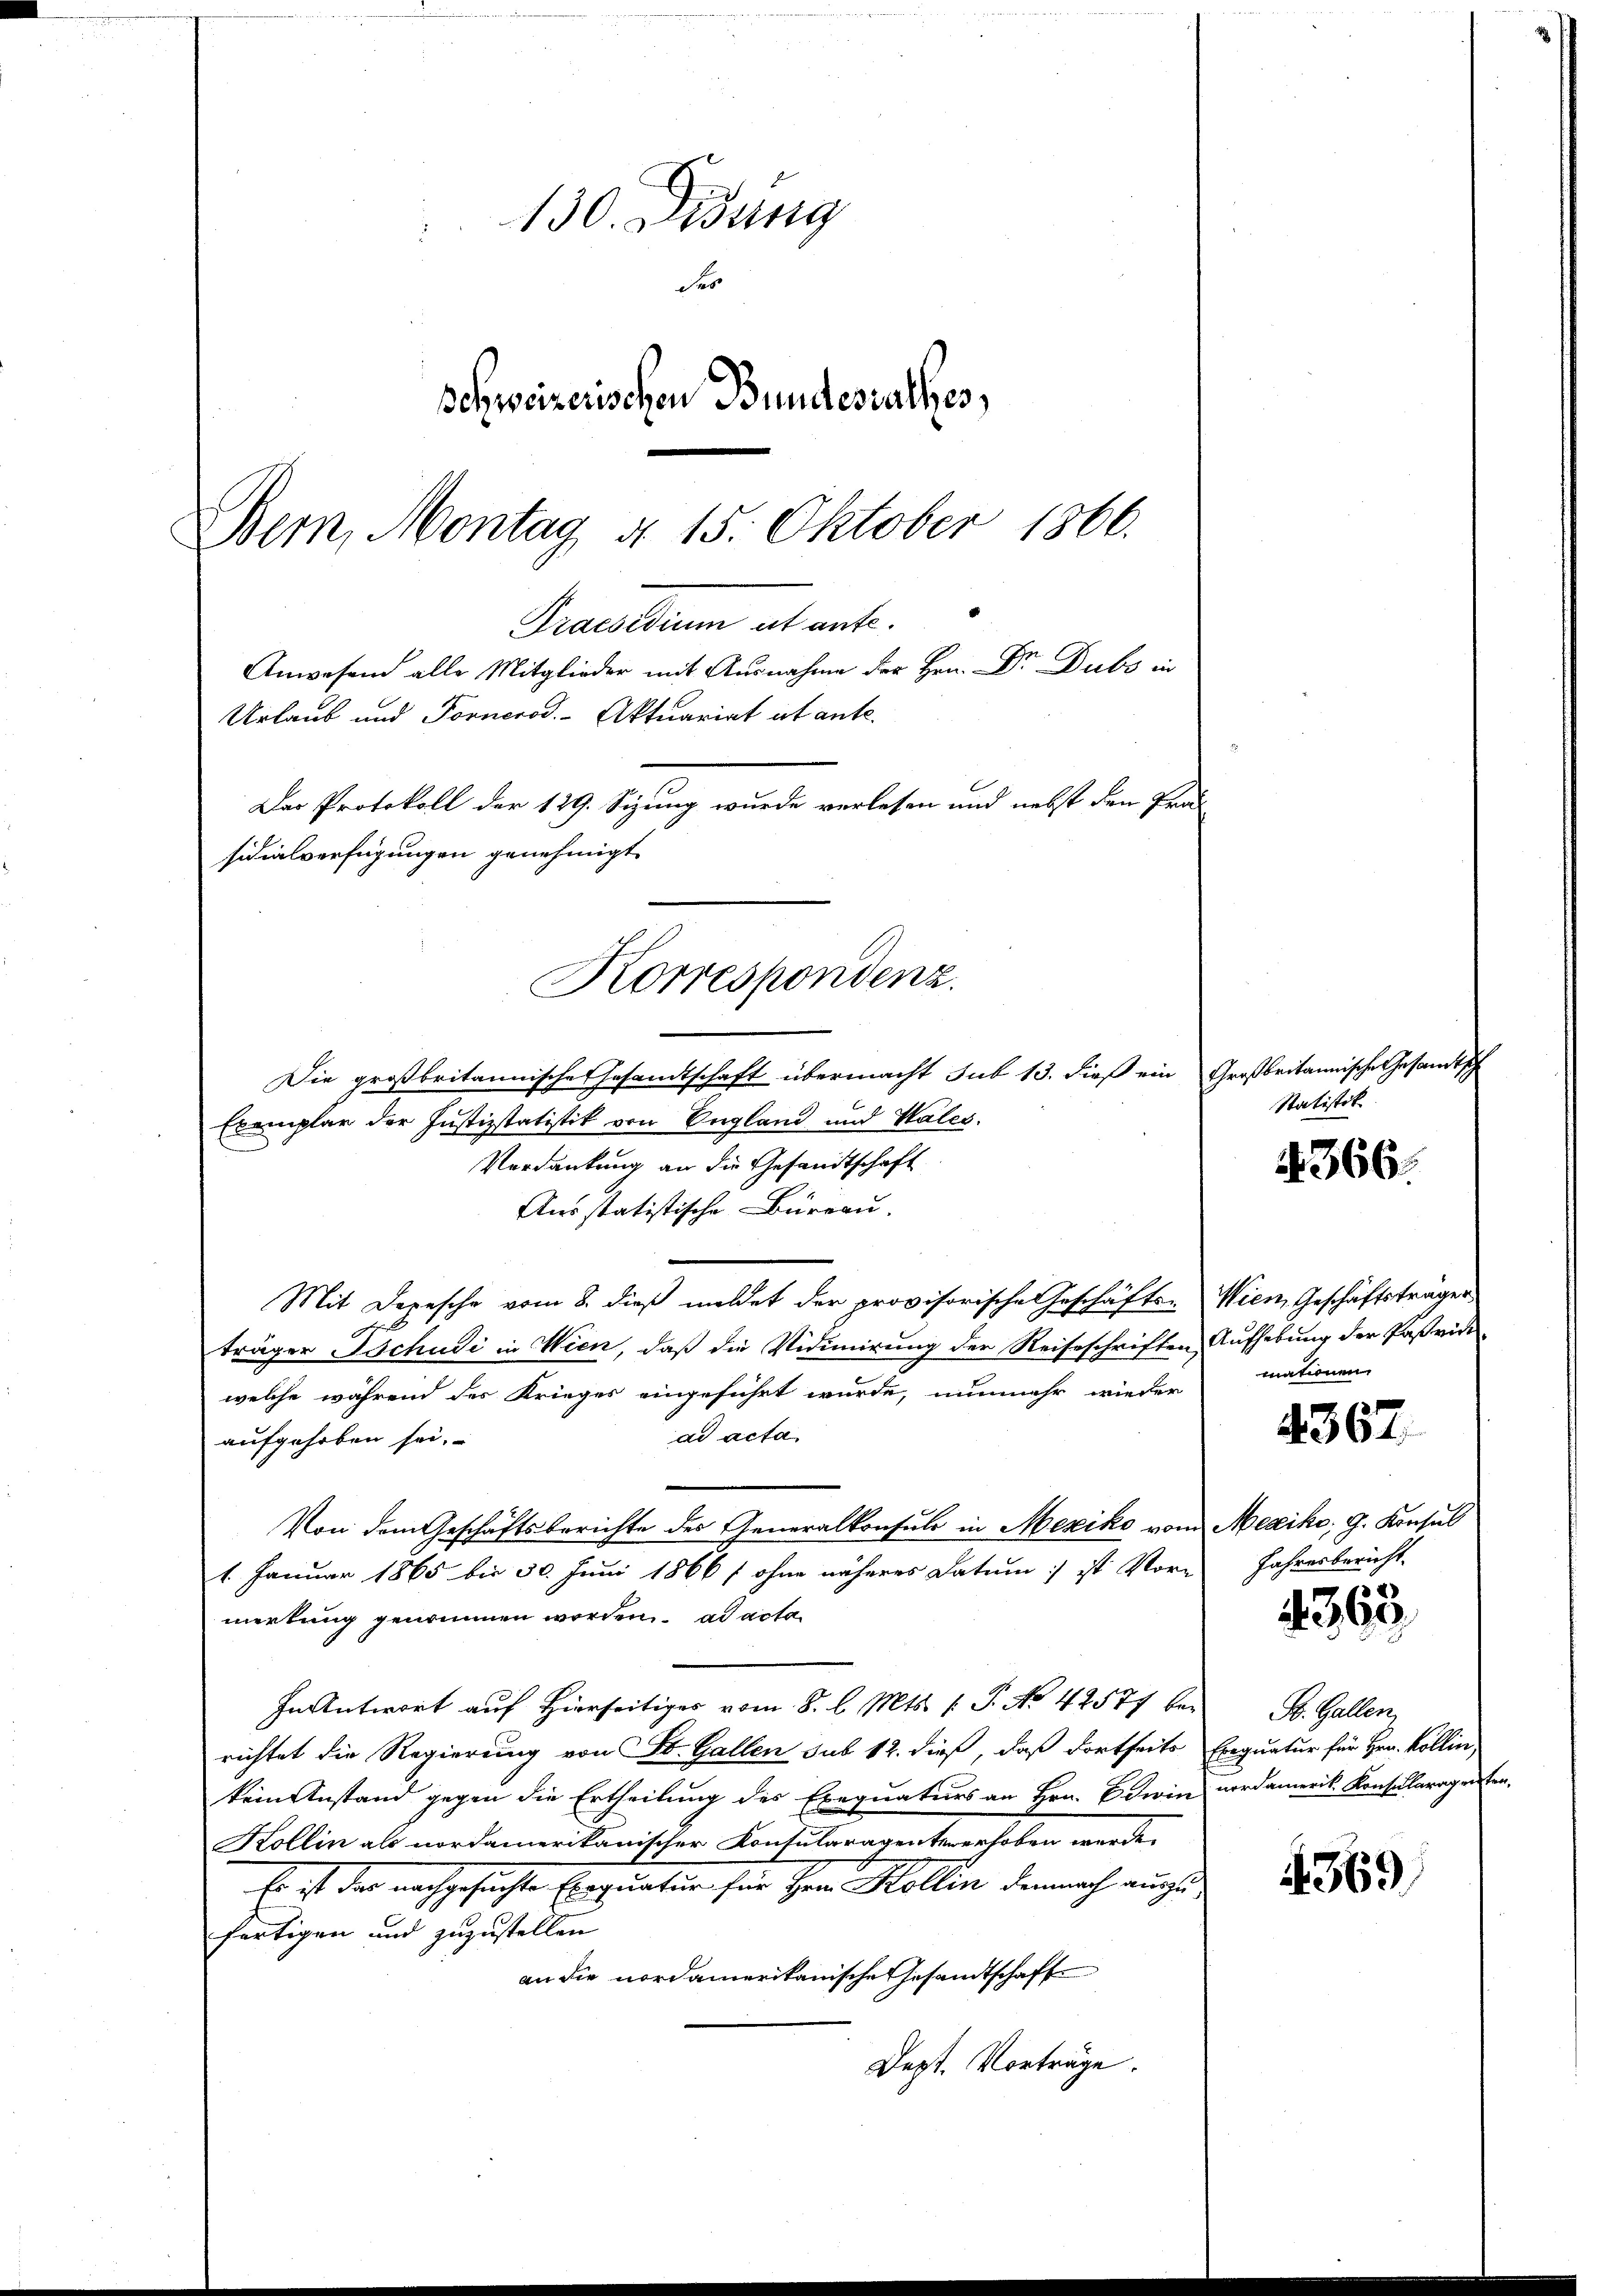
Korrespondenz.

130. Didung
der
schweizerischen Bundesrathes,
Bern, Montag d. 15. Oktober 1866.
Praesidium et ente.
Anwesend alle Mitglieder mit Ausnahme der Hrn. Dr. Dubs in
Urlaub und Fornerod. Aktuariat et ante.
Der Protokoll der 129. Sizung wurde verlesen und nebst den Präs
sidialverfügungen genehmigt.

Die großbritannische Gesandtschaft übermacht sub 13. dieß ein
Exemplar der Justizstatistik von England und Wales.
Verdankung an die Gesandtschaft
Ausstatistische Büreau.
Mit Depesche vom 8. dieß meldet der provisorische Geschäfts-
träger Tschudi in Wien, daß die Vidimirung der Reiseschriften
welche während der Krieges eingeführt wurde, nunmehr wieder
ad acta
aufgehoben sei.
Von dem Geschäftsberichte des Generalkonsuls in Mexiko vom
1. Januar 1865 bis 30. Juni 1866 f ohne näheres Datum ist Vor-
merkung genommen worden. ad acta
In Antwort auf Hierseitiges vom 8. l. Mts. (T. No 42577 be-
richtet die Regierung von St. Gallen sub 12. dieß, daß dortseits Exequatur für Hrn. Kollier,
kein Anstand gegen die Ertheilung des Exequaturs an Hrn. Edwin
Kollin als nordamerikanischer Konsularagenten erhoben werde.
Es ist der nachgesuchte Exequatur für Herr Kollen demnach auszufertigen und zuzustellen
an die nordamerikanische Gesandtschaft
Dezt. Vorträge.

Großbritannische Gesandtsch
Statistik

4366.

Wien, Geschäftsträger
Aufhebung der Pastrike
mationen

4367

Mexike, G. Konsul
Jahresbericht.

4363

St. Gallen
nordamerik. Konsularagenten,

4369